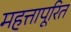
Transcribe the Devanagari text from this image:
महत्तापूरित